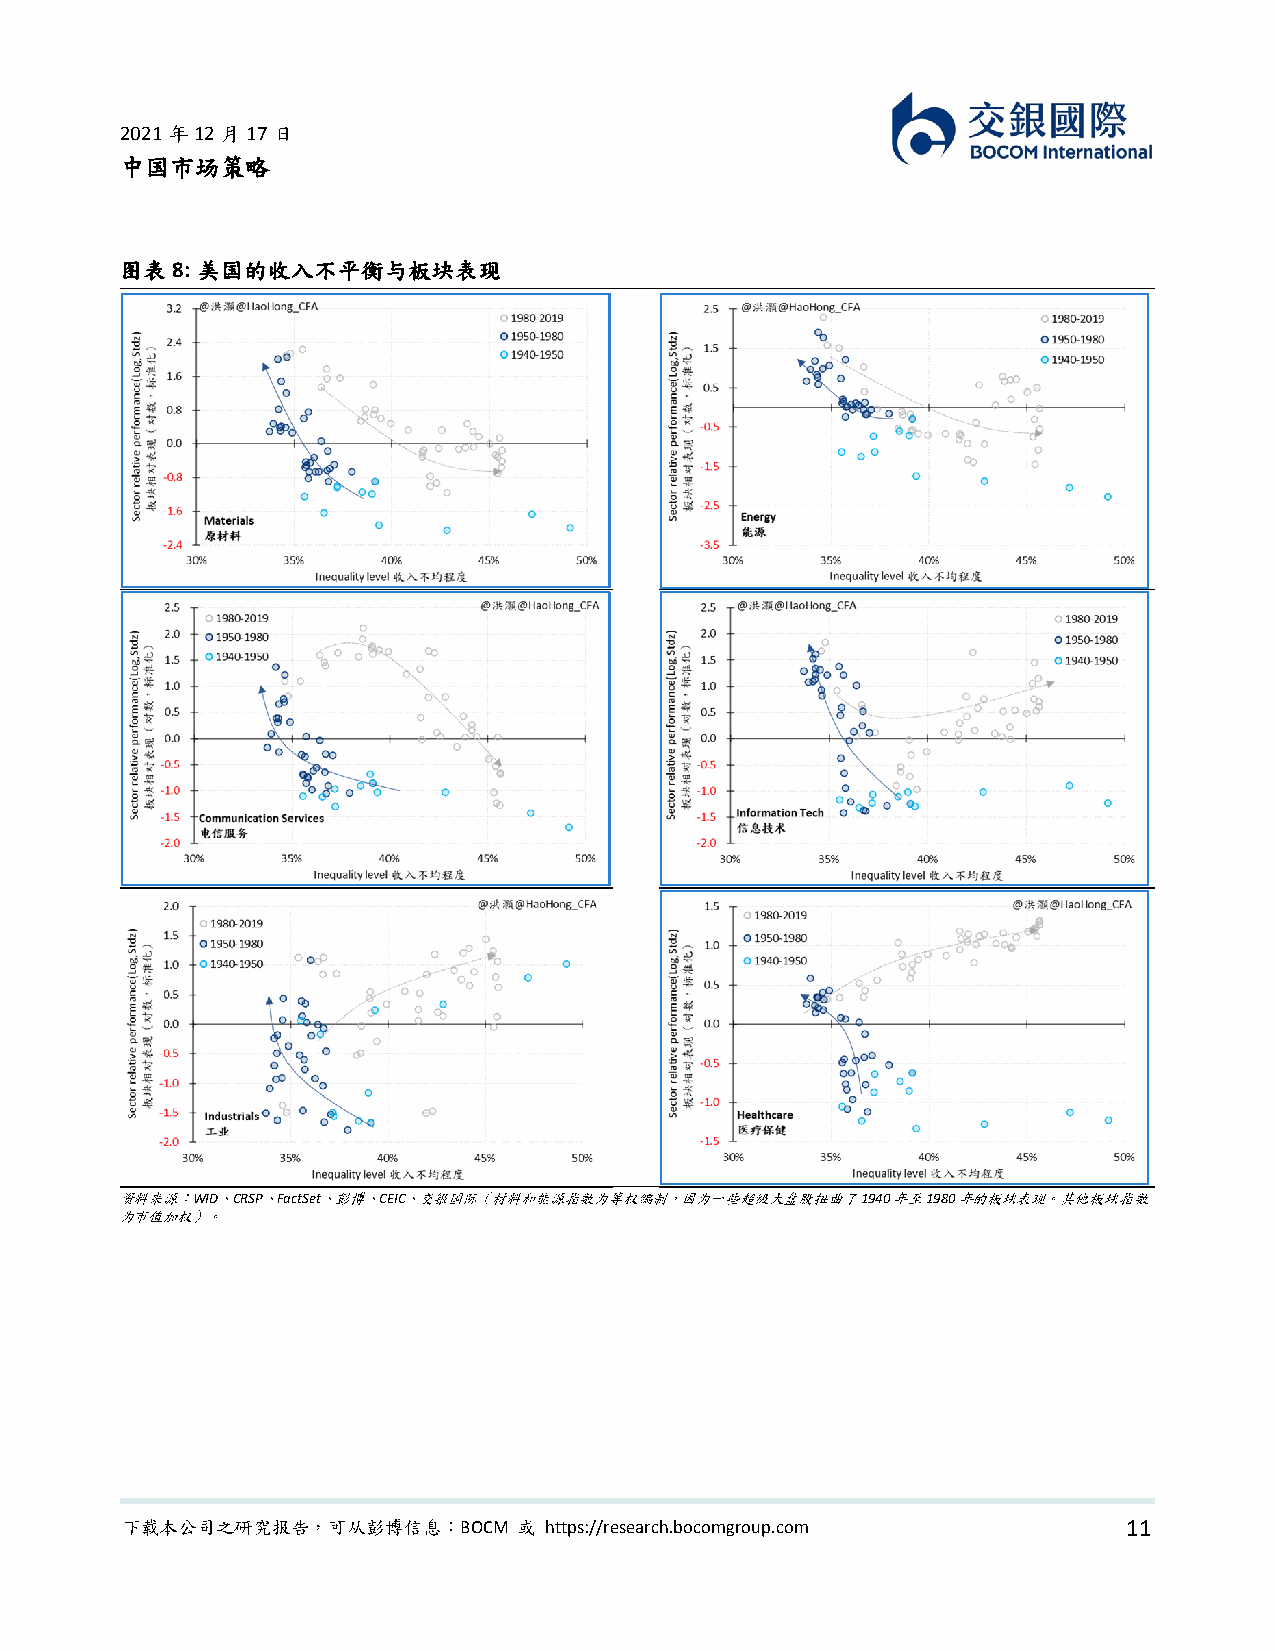
2021年12月17日
 中国市场策略
 图表 8: 美国的收入不平衡与板块表现
 资料来源：WID、CRSP、FactSet、彭博、CEIC、交银国际（材料和能源指数为等权编制，因为一些超级大盘股扭曲了 1940 年至 1980 年的板块表现。其他板块指数
 为市值加权）。
 下载本公司之研究报告，可从彭博信息：BOCM    或 https://research.bocomgroup.com        11